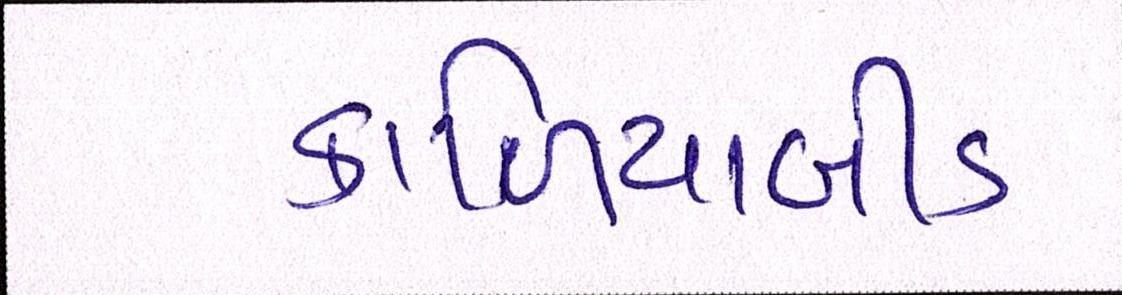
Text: કાળિયાબીડ